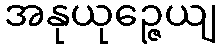
အနုယုဉ္ဇေယျ